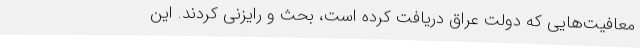
معافیت‌هایی که دولت عراق دریافت کرده است، بحث و رایزنی کردند. این